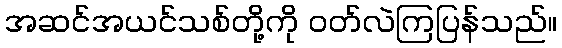
အဆင်အယင်သစ်တို့ကို ဝတ်လဲကြပြန်သည်။